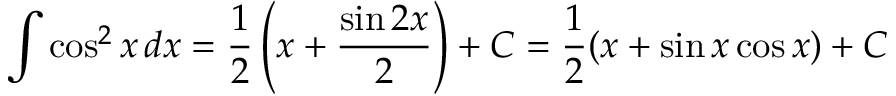
\int \cos ^ { 2 } x \, d x = { \frac { 1 } { 2 } } \left( x + { \frac { \sin 2 x } { 2 } } \right) + C = { \frac { 1 } { 2 } } ( x + \sin x \cos x ) + C